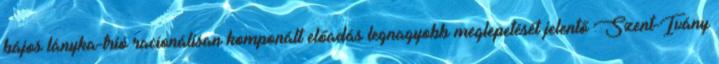
bájos lányka-trió racionálisan komponált előadás legnagyobb meglepetését jelentő Szent-Ivány